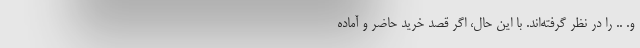
و. .. را در نظر گرفته‌اند. با این حال، اگر قصد خرید حاضر و آماده